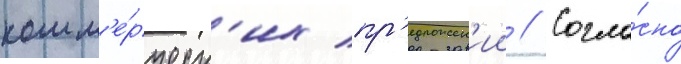
комм'е́рческ'их пр'едложен'ии // Согла́сно